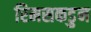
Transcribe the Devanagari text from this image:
रिमसकडुन